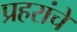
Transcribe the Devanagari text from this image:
प्रहरांचे